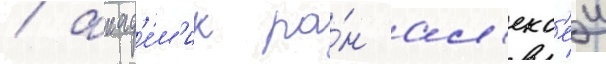
/ акад'е́м'ик ра́н ал'екс'еи